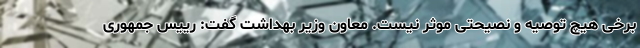
برخی هیچ توصیه و نصیحتی موثر نیست. معاون وزیر بهداشت گفت: رییس جمهوری